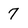
Character: 7